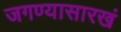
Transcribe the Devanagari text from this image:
जगण्यासारखं